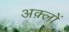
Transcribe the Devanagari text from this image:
अक़्लों